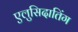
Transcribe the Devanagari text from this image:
एलुसिदातिंग